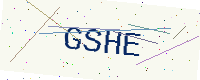
Text: GSHE